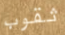
ثقوب